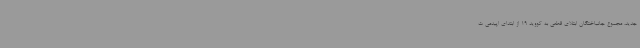
جدید، مجموع جانباختگان ابتلای قطعی به کووید 19 از ابتدای اپیدمی ت